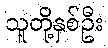
သူတို့နှစ်ဦး